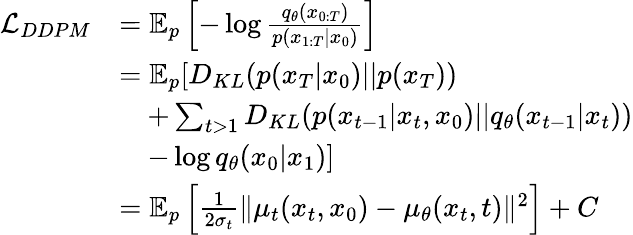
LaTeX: \begin{array}{rl}{\mathcal{L}_{DDPM}}&{=\mathbb{E}_{p}\left[-\log\frac{q_{\theta}(x_{0:T})}{p(x_{1:T}|x_{0})}\right]}\\ &{=\mathbb{E}_{p}[D_{KL}(p(x_{T}|x_{0})||p(x_{T}))}\\ &{\quad+\sum_{t>1}D_{KL}(p(x_{t-1}|x_{t},x_{0})||q_{\theta}(x_{t-1}|x_{t}))}\\ &{\quad-\log q_{\theta}(x_{0}|x_{1})]}\\ &{=\mathbb{E}_{p}\left[\frac{1}{2\sigma_{t}}\Vert\mu_{t}(x_{t},x_{0})-\mu_{\theta}(x_{t},t)\Vert^{2}\right]+C}\end{array}